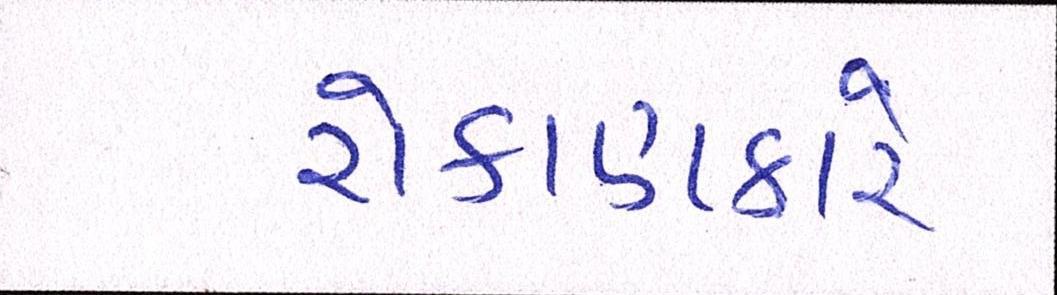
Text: રોકાણકારે